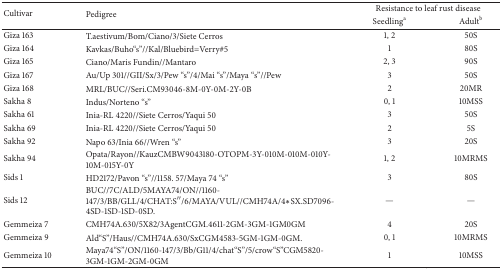
| <ROWSPAN=2> Cultivar | <ROWSPAN=2> Pedigree | <COLSPAN=2> Resistance to leaf rust disease |
 | Seedlinga | Adultb |
 | --- | --- | --- | --- |
 | Giza 163 | T.aestivum/Bom/Ciano/3/Siete Cerros | 1, 2 | 50S |
 | Giza 164 | Kavkas/Buho“s”//Kal/Bluebird=Verry#5 | 1 | 80S |
 | Giza 165 | Ciano/Maris Fundin//Mantaro | 2, 3 | 90S |
 | Giza 167 | Au/Up 301//GII/Sx/3/Pew “s”/4/Mai “s”/Maya “s”//Pew | 3 | 50S |
 | Giza 168 | MRL/BUC//Seri.CM93046-8M-0Y-0M-2Y-0B | 2 | 20MR |
 | Sakha 8 | Indus/Norteno “s” | 0, 1 | 10MSS |
 | Sakha 61 | Inia-RL 4220//Siete Cerros/Yaqui 50 | 3 | 50S |
 | Sakha 69 | Inia-RL 4220//Siete Cerros/Yaqui 50 | 2 | 5S |
 | Sakha 92 | Napo 63/Inia 66//Wren “s” | 3 | 20S |
 | Sakha 94 | Opata/Rayon//KauzCMBW9043180-OTOPM-3Y-010M-010M-010Y-10M-015Y-0Y | 1, 2 | 10MRMS |
 | Sids 1 | HD2172/Pavon “s”//1158. 57/Maya 74 “s” | 3 | 80S |
 | Sids 12 | BUC//7C/ALD/5MAYA74/ON//1160-147/3/BB/GLL/4/CHAT:S′′/6/MAYA/VUL//CMH74A/4∗SX.SD7096-4SD-1SD-1SD-0SD. | — | — |
 | Gemmeiza 7 | CMH74A.630/5X82/3AgentCGM.4611-2GM-3GM-1GM0GM | 4 | 20S |
 | Gemmeiza 9 | Ald“S”/Haus//CMH74A.630/SxCGM4583-5GM-1GM-0GM. | 0, 1 | 10MRMS |
 | Gemmeiza 10 | Maya74“S”/ON/1160-147/3/Bb/G11/4/chat“S”/5/crow“S”CGM5820-3GM-1GM-2GM-0GM | 1 | 10MSS |